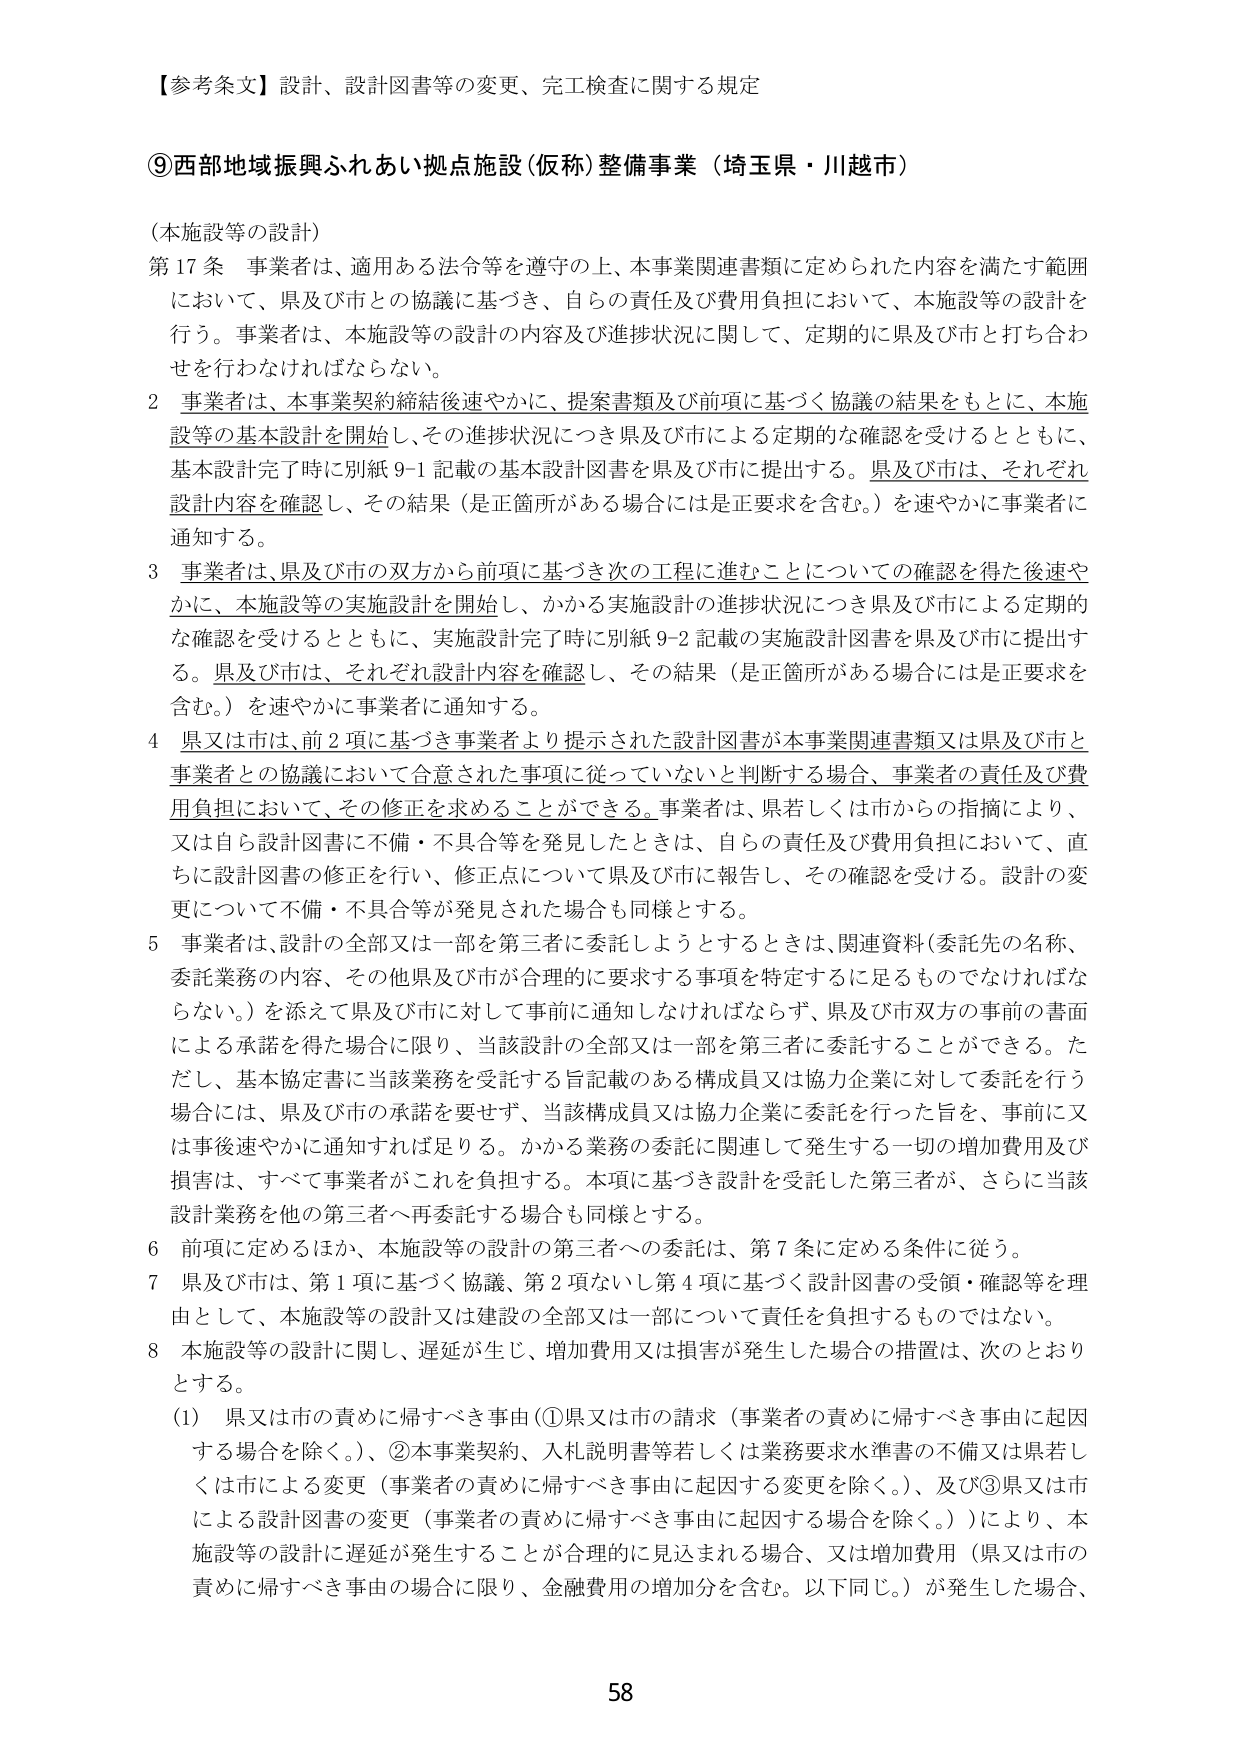
【参考条文】設計、設計図書等の変更、完工検査に関する規定

⑨西部地域振興ふれあい拠点施設（仮称）整備事業（埼玉県・川越市）

（本施設等の設計）

第17条 事業者は、適用ある法令等を遵守の上、本事業関連書類に定められた内容を満たす範囲において、県及び市との協議に基づき、自らの責任及び費用負担において、本施設等の設計を行う。事業者は、本施設等の設計の内容及び進捗状況に関して、定期的に県及び市と打ち合わせを行わなければならない。

2 事業者は、本事業契約締結後速やかに、提案書類及び前項に基づく協議の結果をもとに、本施設等の基本設計を開始し、その進捗状況につき県及び市による定期的な確認を受けるとともに、基本設計完了時に別紙9-1記載の基本設計図書を県及び市に提出する。県及び市は、それぞれ設計内容を確認し、その結果（是正箇所がある場合には是正要求を含む。）を速やかに事業者に通知する。

3 事業者は、県及び市の双方から前項に基づき次の工程に進むことについての確認を得た後速やかに、本施設等の実施設計を開始し、かかる実施設計の進捗状況につき県及び市による定期的な確認を受けるとともに、実施設計完了時に別紙9-2記載の実施設計図書を県及び市に提出する。県及び市は、それぞれ設計内容を確認し、その結果（是正箇所がある場合には是正要求を含む。）を速やかに事業者に通知する。

4 県又は市は、前2項に基づき事業者より提示された設計図書が本事業関連書類又は県及び市と事業者との協議において合意された事項に従っていないと判断する場合、事業者の責任及び費用負担において、その修正を求めることができる。事業者は、県若しくは市からの指摘により、又は自ら設計図書に不備・不具合等を発見したときは、自らの責任及び費用負担において、直ちに設計図書の修正を行い、修正点について県及び市に報告し、その確認を受ける。設計の変更について不備・不具合等が発見された場合も同様とする。

5 事業者は、設計の全部又は一部を第三者に委託しようとするときは、関連資料（委託先の名称、委託業務の内容、その他県及び市が合理的に要求する事項を特定するに足るものでなければならない。）を添えて県及び市に対して事前に通知しなければならず、県及び市双方の事前の書面による承諾を得た場合に限り、当該設計の全部又は一部を第三者に委託することができる。ただし、基本協定書に当該業務を受託する旨記載のある構成員又は協力企業に対して委託を行う場合には、県及び市の承諾を要せず、当該構成員又は協力企業に委託を行った旨を、事前に又は事後速やかに通知すれば足りる。かかる業務の委託に関連して発生する一切の増加費用及び損害は、すべて事業者がこれを負担する。本項に基づき設計を受託した第三者が、さらに当該設計業務を他の第三者へ再委託する場合も同様とする。

6 前項に定めるほか、本施設等の設計の第三者への委託は、第7条に定める条件に従う。

7 県及び市は、第1項に基づく協議、第2項ないし第4項に基づく設計図書の受領・確認等を理由として、本施設等の設計又は建設の全部又は一部について責任を負担するものではない。

8 本施設等の設計に関し、遅延が生じ、増加費用又は損害が発生した場合の措置は、次のとおりとする。

（1） 県又は市の責めに帰すべき事由（①県又は市の請求（事業者の責めに帰すべき事由に起因する場合を除く。）、②本事業契約、入札説明書等若しくは業務要求水準書の不備又は県若しくは市による変更（事業者の責めに帰すべき事由に起因する変更を除く。）、及び③県又は市による設計図書の変更（事業者の責めに帰すべき事由に起因する場合を除く。））により、本施設等の設計に遅延が発生することが合理的に見込まれる場合、又は増加費用（県又は市の責めに帰すべき事由の場合に限り、金融費用の増加分を含む。以下同じ。）が発生した場合、

58